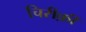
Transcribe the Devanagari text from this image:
चिरीक़ी